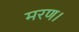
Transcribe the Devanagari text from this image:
मरण।